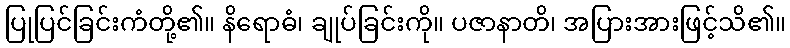
ပြုပြင်ခြင်းကံတို့၏။ နိရောဓံ၊ ချုပ်ခြင်းကို။ ပဇာနာတိ၊ အပြားအားဖြင့်သိ၏။